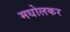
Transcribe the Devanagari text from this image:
मधोलकर